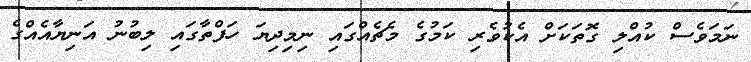
ނަމަވެސް ކުއްލި ގޮތަކަށް އެކުވެރި ކަމުގެ މެޗެއްގައި ނިމިދިޔަ ހަފްތާގައި ލިބުނު އަނިޔާއެއްގެ